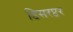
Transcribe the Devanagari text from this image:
डिसरप्टर